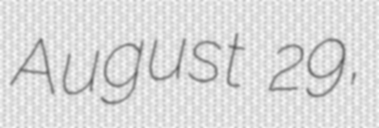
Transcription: August 29,